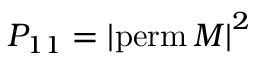
P _ { 1 1 } = \left| \mathrm { p e r m } \, { M } \right| ^ { 2 }